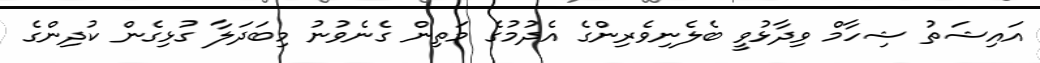
އައިޝަތު ޝިހާމް ވިދާޅުވީ ބެލެނިވެރިންގެ އެދުމުގެ މަތިން ގެނެވުނު މިބަދަލާ ގުޅިގެން ކުދިންގެ